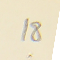
18